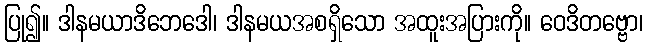
ပြု၍။ ဒါနမယာဒိဘေဒေါ၊ ဒါနမယအစရှိသော အထူးအပြားကို။ ဝေဒိတဗ္ဗော၊